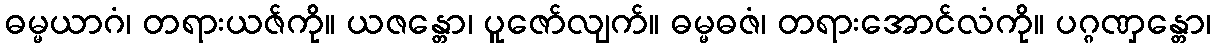
ဓမ္မယာဂံ၊ တရားယဇ်ကို။ ယဇန္တော၊ ပူဇော်လျက်။ ဓမ္မဓဇံ၊ တရားအောင်လံကို။ ပဂ္ဂဏှန္တော၊